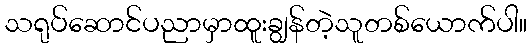
သရုပ်ဆောင်ပညာမှာထူးချွန်တဲ့သူတစ်ယောက်ပါ။